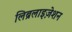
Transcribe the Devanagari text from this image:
लिब्रलाइज़ेशन